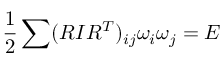
\frac 1 2 \sum ( R I R ^ { T } ) _ { i j } \omega _ { i } \omega _ { j } = E